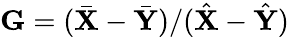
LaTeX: \mathbf G=(\bar{\mathbf X}-\bar{\mathbf Y})/(\hat{\mathbf X}-\hat{\mathbf Y})